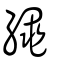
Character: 繩